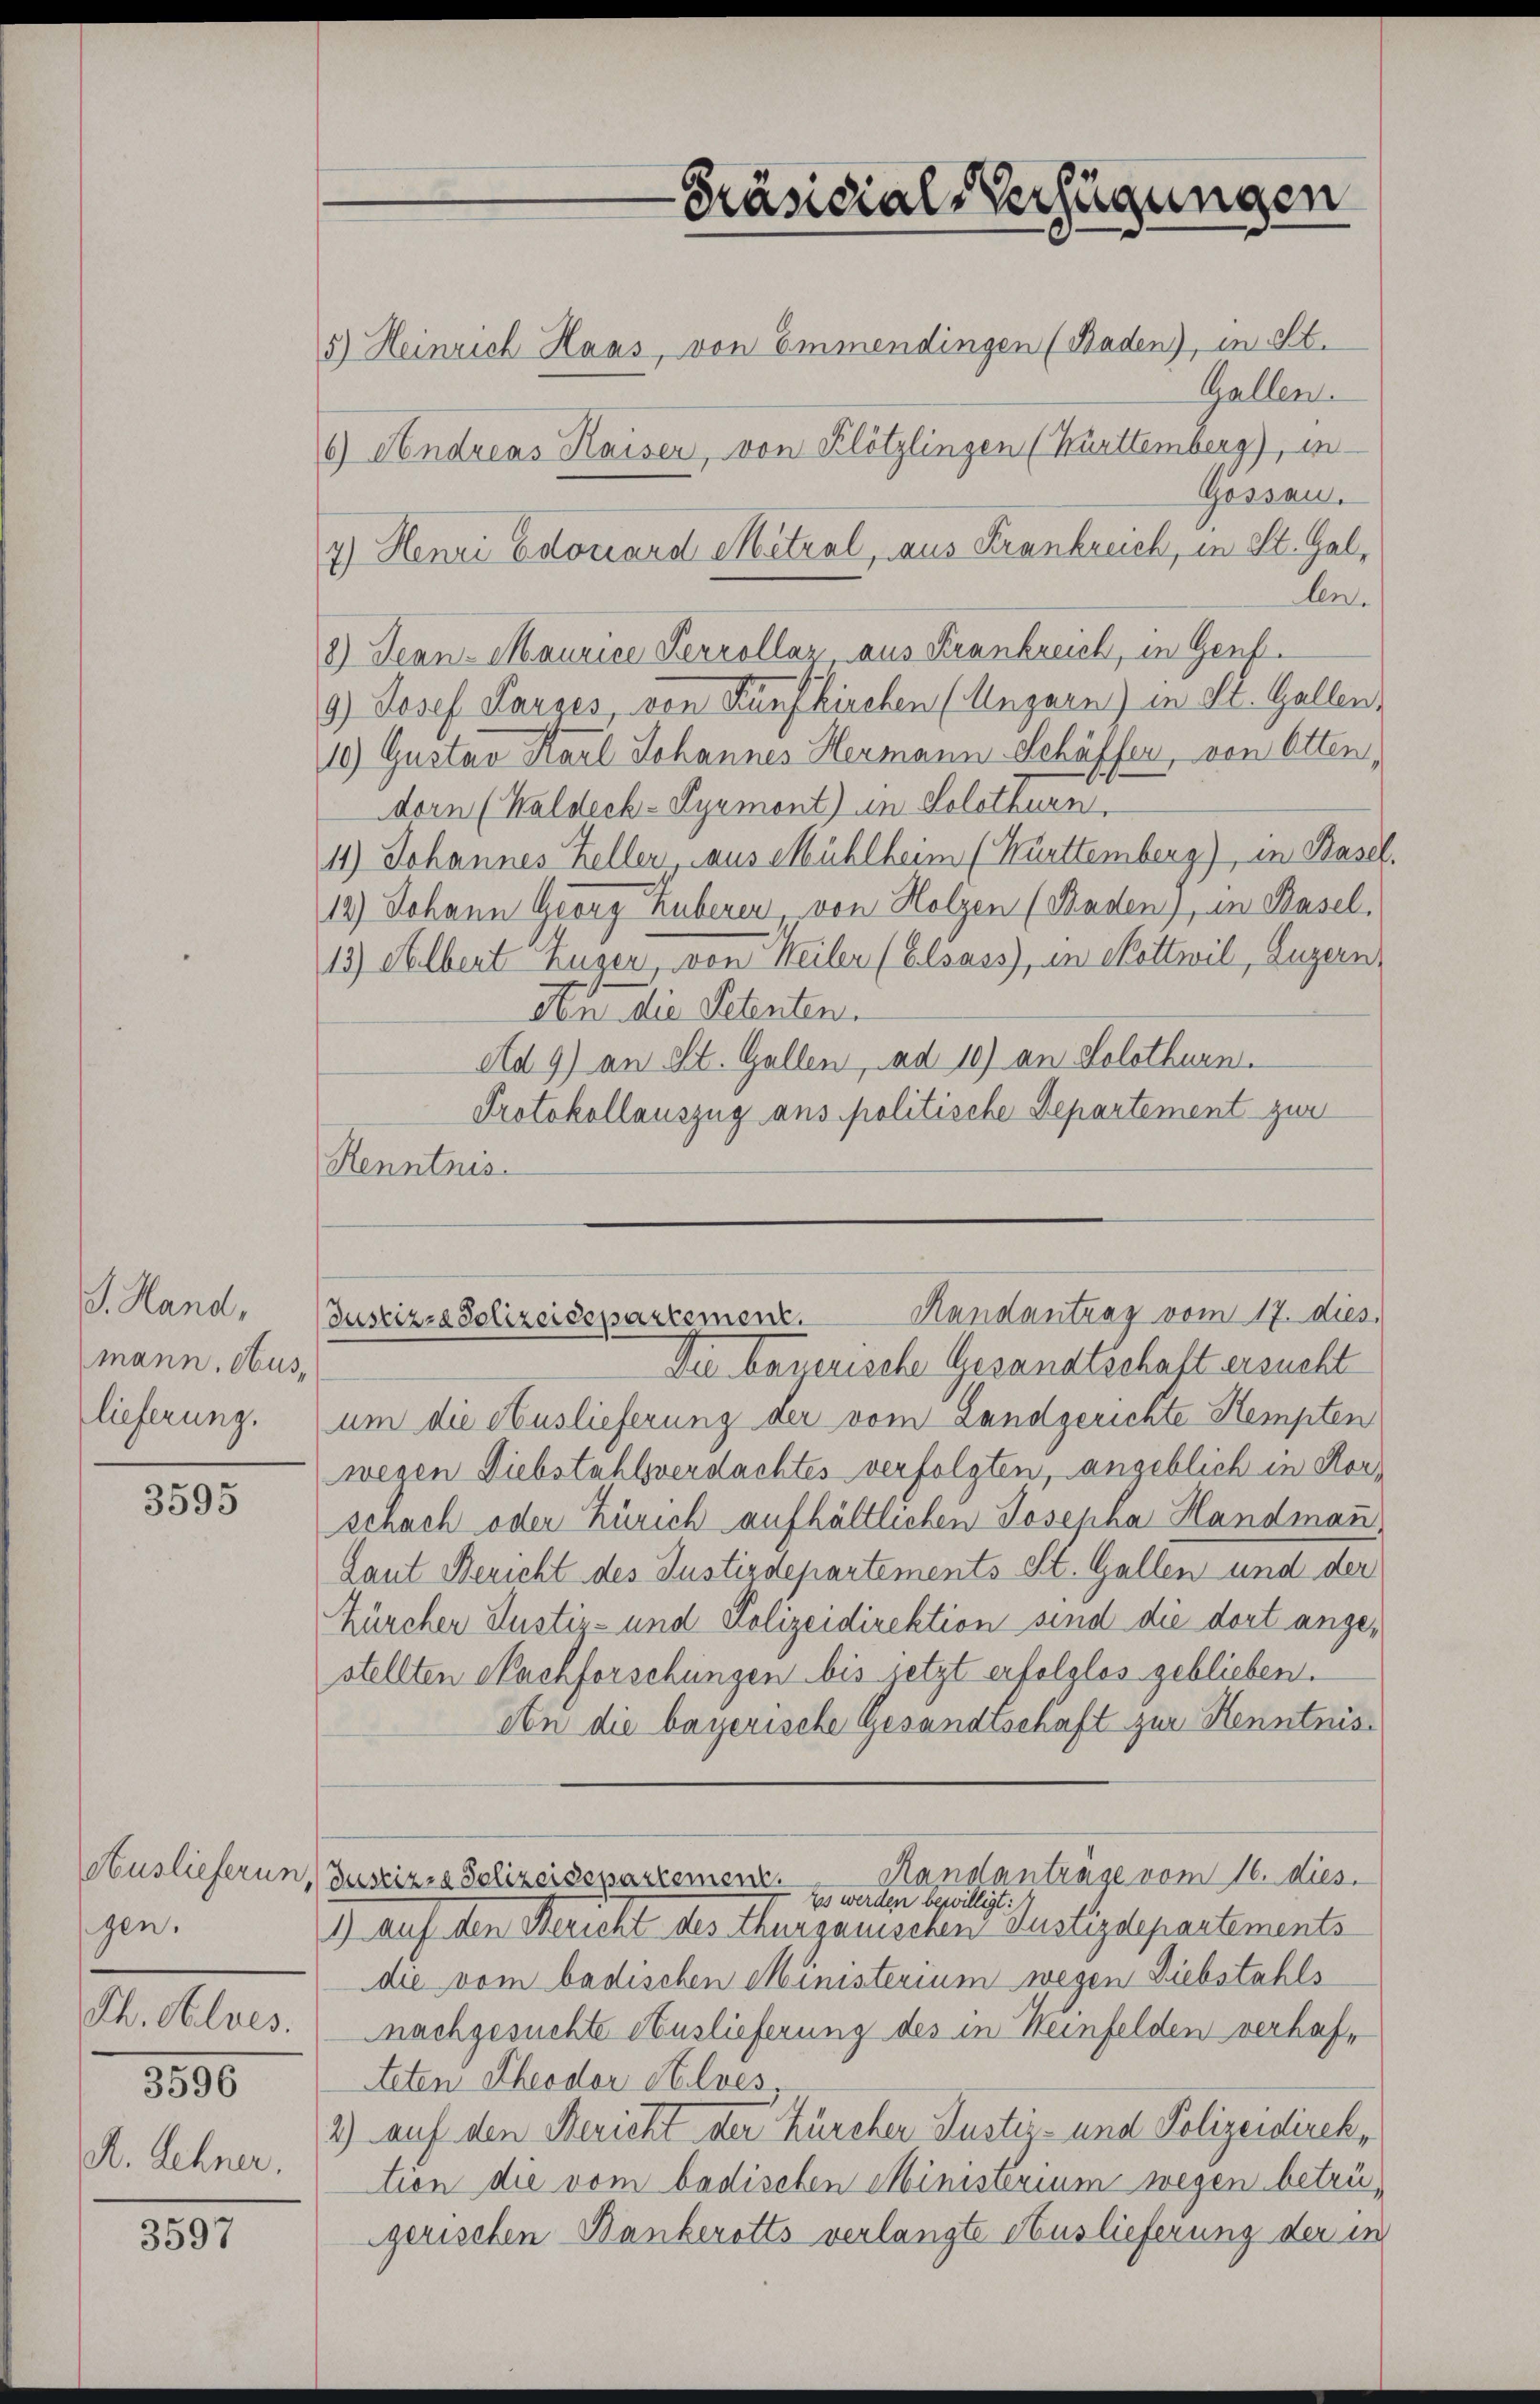
J. Hand,
mann, Auslieferung.

3595

Auslieferun
gen.
Th. Alves.

3596

A. Lehner.

3597

5.) Heinrich Haas, von Emmendingen (Baden), in St.
Gallen.
6) Andreas Kaiser, von Klötzlingen (Kürttemberg), in-
Gossau.
7.) Henri Edouard Mitzal, aus Krankreich, in St. Galben.
8) Jean-Maurice Perrollar, aus Frankreich, in Genf.
9) Josef Parzes, von Künfkirchen (Augarn) in St. Gallen,
10.) Gustav Karl Johannes Hermann Schäffer, von Otten,
dorn (Waldeck-Pyrmont) in Solothurn,
11.) Johannes Keller, aus Mühlheim (Kürttemberg), in Basel.
14.) Johann Georg Huberen von Holzen (Raden), in Basel.
13) Albert Zuger, von Weiler (Elsass, in Mettwil, Luzern,
An die Petenten.
Ad 9) an St. Gallen, ad 10) an Solothurn.
Protokollauszug aus politische Departement zur
Kenntnis.

Die bayerische Gesandtschaft ersucht
um die Auslieferung der vom Landgerichte Kempten
wegen Diebstahlsverdachtes verfolgten, angeblich in Horschach oder Zürich aufhältlichen Josepha Handmann
Laut Bericht des Justizdepartements St. Gallen und der
Zürcher Justiz- und Polizeidirektion sind die dort angestellten Nachforschungen bis jetzt erfolglos geblieben.
An die bayerische Gesandtschaft zur Kenntnis¬
Standantrage vom 16. dies
Justizza Solizeidepartement.
Es werden bewilligt:
1) Auf den Bericht des Thurgauischen Justizdepartements
die vom badischen Ministerium wegen Diebstahls
nachgesuchte Auslieferung des in Weinfelden verhaf¬
Arten Theodor Helves,
2) auf den Bericht der Zürcher Justiz- und Polizeidirektion die vom badischen Ministerium wegen betrügerischen Bankerotts verlangte Auslieferung der in

—
Präsidial-Verfügungen

Handantrag vom 17. dies
Justiz-Polizeidepartement.